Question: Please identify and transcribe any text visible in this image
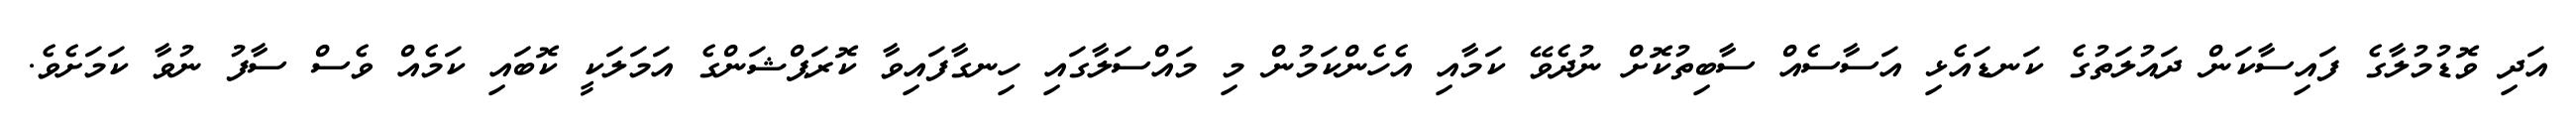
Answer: އަދި ވޮޑުމުލާގެ ފައިސާކަން ދައުލަތުގެ ކަނޑައެޅި އަސާސެއް ސާބިތުކޮށް ނުދެވޭ ކަމާއި އެހެންކަމުން މި މައްސަލާގައި ހިނގާފައިވާ ކޮރަޕްޝަންގެ އަމަލަކީ ކޮބައި ކަމެއް ވެސް ސާފު ނުވާ ކަމަށެވެ.